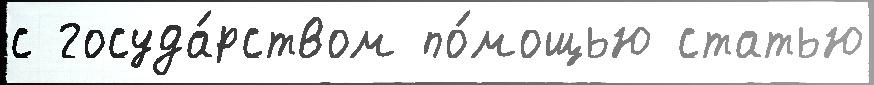
с госуда́рством по́мощью статью